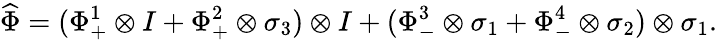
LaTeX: \widehat{\Phi}=(\Phi_{+}^{1}\otimes I+\Phi_{+}^{2}\otimes\sigma_{3})\otimes I+(\Phi_{-}^{3}\otimes\sigma_{1}+\Phi_{-}^{4}\otimes\sigma_{2})\otimes\sigma_{1}.